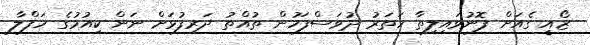
ޒޯއީ ގެއަށް ފޮނުވައިލިތާ ހަތަރު ދުވަސްފަހުން ތުއްތު ދަރިފުޅަށް ނަން ކިއުމުގެ ހަފްލާ